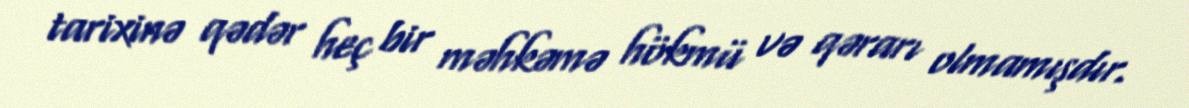
tarixinə qədər heç bir məhkəmə hökmü və qərarı olmamışdır.